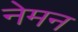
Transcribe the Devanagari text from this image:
नेमन